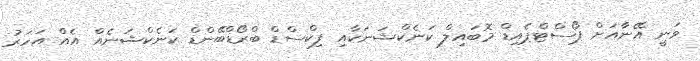
ވަނީ އޭނާއަށް ޕޯސްޓްޕެއިޑް މޮބައިލް ކަނެކްޝަނަކާއި ފިކްސްޑް ބްރޯޑްބޭންޑް ކަނެކްޝަނެއް އެއް އަހަރު